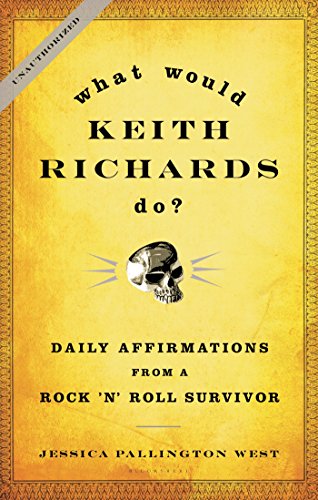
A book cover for What Would Keith Richards Do?: Daily Affirmations from a Rock and Roll Survivor; Jessica Pallington West; Reference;